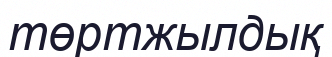
төртжылдық